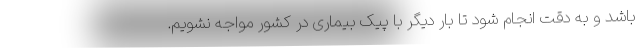
باشد و به دقت انجام شود تا بار دیگر با پیک بیماری در کشور مواجه نشویم.